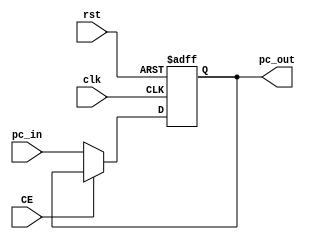
`timescale 1ns / 1ps
//////////////////////////////////////////////////////////////////////////////////
// Company: 
// Engineer: 
// 
// Design Name: 
// Module Name: ProgramCounter
// Project Name: 
// Target Devices: 
// Tool Versions: 
// Description: 
// 
// Dependencies: 
// 
// Revision:
// Revision 0.01 - File Created
// Additional Comments:
// 
//////////////////////////////////////////////////////////////////////////////////


module ProgramCounter(
    input clk,
    input rst,
    input CE,
    input [31:0] pc_in,
    output reg [31:0] pc_out
    );
    
    initial pc_out = 32'h0000_0000;
    
    always @(posedge clk or posedge rst) begin
        if(rst == 1) pc_out = 32'h0000_0000;
        else if(CE==0)
            pc_out = pc_in;
     end
     

     
endmodule